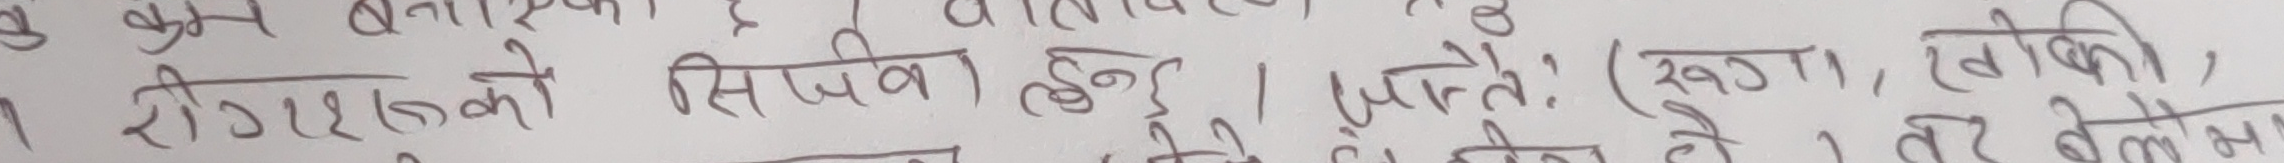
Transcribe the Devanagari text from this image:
रोगहरूको सिपिव हुन्‌। मुख्यतः (रूगा, खोकी, तर बेलोस